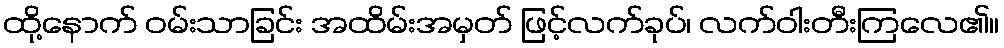
ထို့နောက် ဝမ်းသာခြင်း အထိမ်းအမှတ် ဖြင့်လက်ခုပ်၊ လက်ဝါးတီးကြလေ၏။